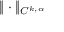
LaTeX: \| \cdot \| _ { C ^ { k , \alpha } }